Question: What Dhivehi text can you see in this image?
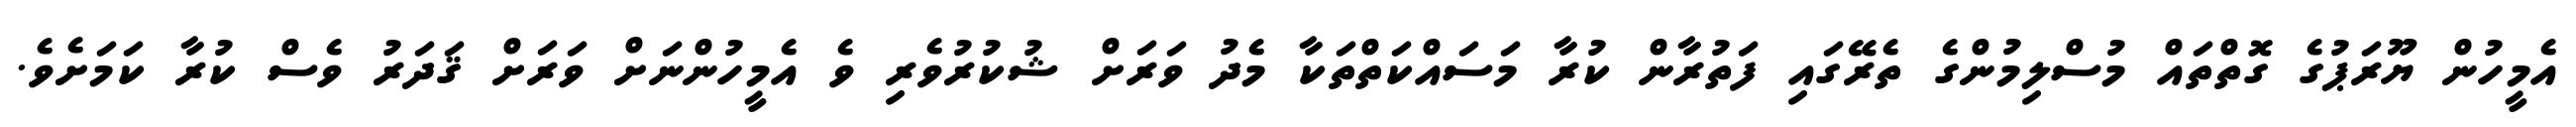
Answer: އެމީހުން ޔޫރަޕުގެ ގޮތްތައް މުސްލިމުންގެ ތެރޭގައި ފަތުރާން ކުރާ މަސައްކަތްތަކާ މެދު ވަރަށް ޝުކުރުވެރި ވެ އެމީހުންނަށް ވަރަށް ޤަދަރު ވެސް ކުރާ ކަމަށެވެ.